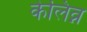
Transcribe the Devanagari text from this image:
केलिव्न